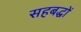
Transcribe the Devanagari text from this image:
सहबद्धों